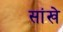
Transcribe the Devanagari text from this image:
सांखे